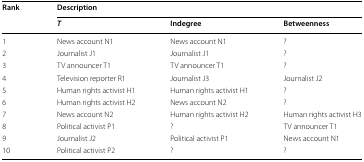
| <ROWSPAN=2> Rank | <COLSPAN=3> Description |
 | T | Indegree | Betweenness |
 | --- | --- | --- | --- |
 | 1 | News account N1 | News account N1 | ? |
 | 2 | Journalist J1 | Journalist J1 | ? |
 | 3 | TV announcer T1 | TV announcer T1 | ? |
 | 4 | Television reporter R1 | Journalist J3 | Journalist J2 |
 | 5 | Human rights activist H1 | Human rights activist H1 | ? |
 | 6 | Human rights activist H2 | News account N2 | ? |
 | 7 | News account N2 | Human rights activist H2 | Human rights activist H3 |
 | 8 | Political activist P1 | ? | TV announcer T1 |
 | 9 | Journalist J2 | Political activist P1 | News account N1 |
 | 10 | Political activist P2 | ? | ? |